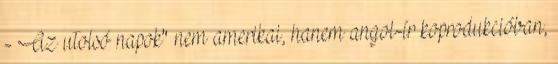
- Az utolsó napok" nem amerikai, hanem angol-ír koprodukcióban,